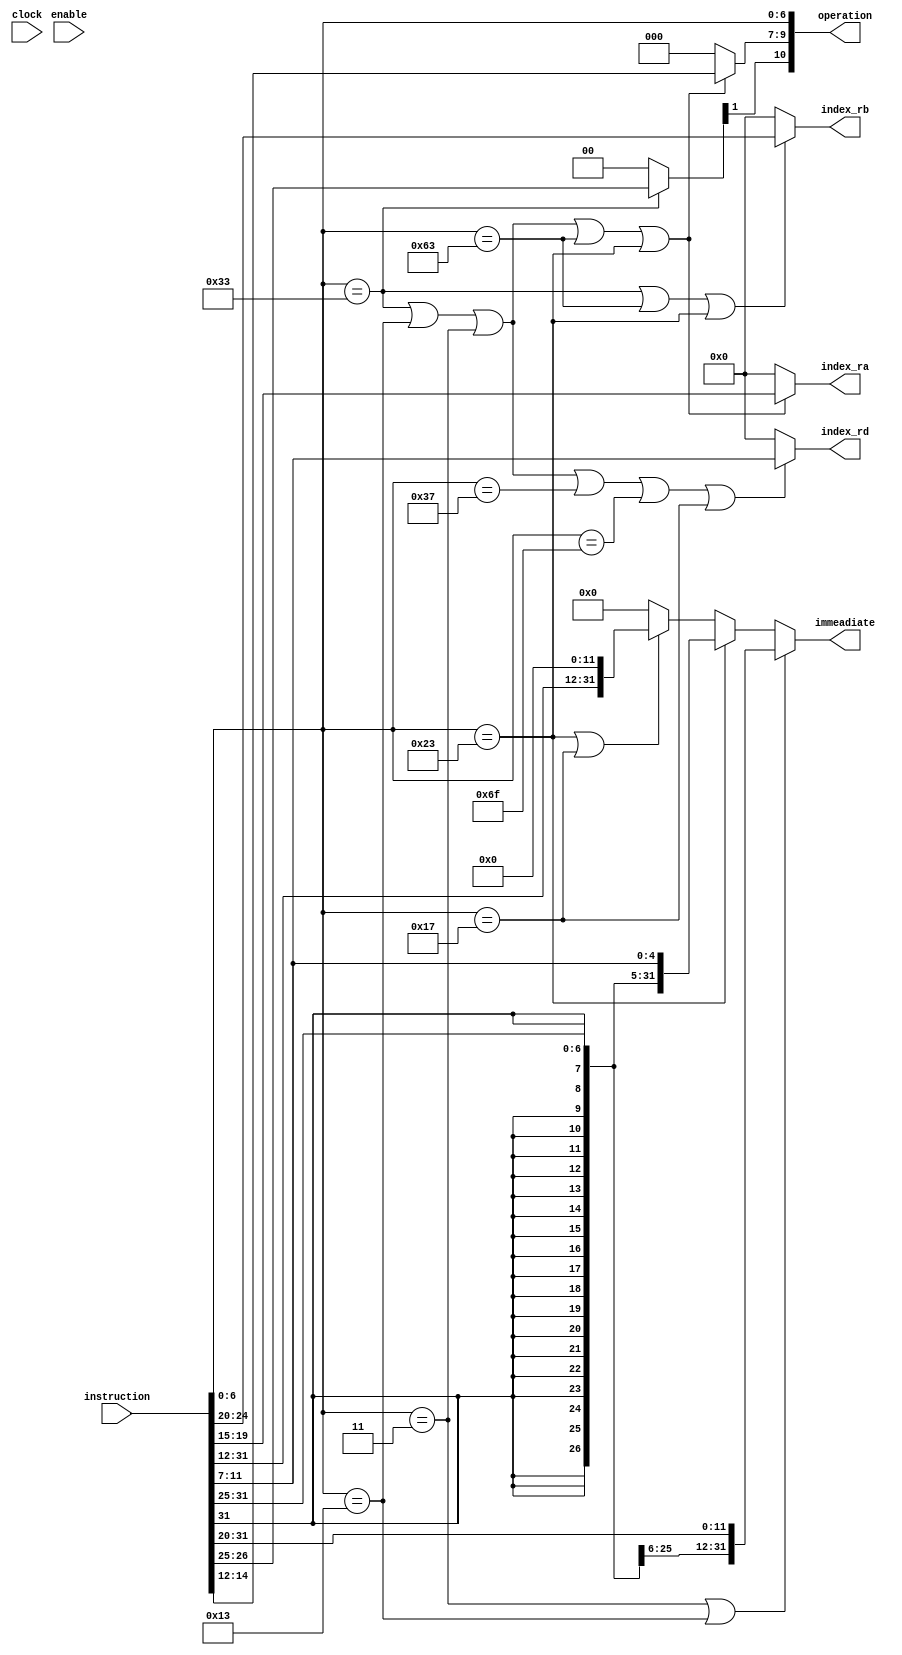
module decoder(
    input  [31:0]instruction ,
    input clock,
    input  enable,
    output reg [4:0]index_ra, 
    output reg [4:0]index_rb, 
    output reg [10:0]operation,
    output reg [4:0]index_rd,
    output reg [31:0]immeadiate
    );

    reg [2:0] funct3;
    reg [6:0] funct7;

    always @(*)begin

        // indetifying the index for ra if apropriate
        if(
            (instruction[6:0] == 7'b0110011) || 
            (instruction[6:0] == 7'b0010011) ||
            (instruction[6:0] == 7'b0000011) ||
            (instruction[6:0] == 7'b1100011) ||
            (instruction[6:0] == 7'b0100011) 
        )begin
            index_ra = instruction[19:15];
        end
        else begin
            index_ra = 5'b0;
        end

            // indetifying the index for rb if apropriate
        if(
            (instruction[6:0] == 7'b0110011) || 
            (instruction[6:0] == 7'b1100011) ||
            (instruction[6:0] == 7'b0100011) 
        )begin
            index_rb = instruction[24:20];
        end
        else begin
            index_rb = 5'b0;
        end

            // indetifying the index for rd if apropriate
        if(
            (instruction[6:0] == 7'b0110011) || 
            (instruction[6:0] == 7'b0010011) ||
            (instruction[6:0] == 7'b0000011) ||
            (instruction[6:0] == 7'b0110111) ||
            (instruction[6:0] == 7'b1101111) ||
            (instruction[6:0] == 7'b0010111)
        )begin
            index_rd = instruction[11:7];
        end
        else begin
            index_rd = 5'b0;
        end

            // indetifying the funct3 if apropriate
        if(
            (instruction[6:0] == 7'b0110011) || 
            (instruction[6:0] == 7'b0010011) ||
            (instruction[6:0] == 7'b0000011) ||
            (instruction[6:0] == 7'b1100011) ||
            (instruction[6:0] == 7'b0100011) 
        )begin
            funct3 = instruction[14:12];
        end
        else begin
            funct3 = 3'b0;
        end

            // indetifying the funct7 if apropriate
        if(
            instruction[6:0] == 7'b0110011 
        )begin
            funct7 = instruction[31:25];
        end
        else begin
            funct7 = 3'b0;
        end
            
            // indetifying the immeadiate if apropriate

            // imediate for I instruction

        if(
            (instruction[6:0] == 7'b0000011) || 
            (instruction[6:0] == 7'b0010011) 
        )begin
            immeadiate = {{21{instruction[31]}},instruction[30:20]};
        end

            // imediate for S instruction

        else if(
            instruction[6:0] == 7'b0100011
        )begin
            immeadiate = {{21{instruction[31]}}, instruction[30:25],instruction[11:7]};
        end

            // imediate for B instruction

        else if(
            instruction[6:0] == 7'b0100011
        )begin
            immeadiate = {{20{instruction[31]}}, instruction[7] , instruction[30:25],instruction[11:8], 1'b0};
        end

            // imediate for U instruction

        else if(
            (instruction[6:0] == 7'b0100011) || 
            (instruction[6:0] == 7'b0010111)
        )begin
            immeadiate = {instruction[31],instruction[30:20] , instruction[19:12] , 12'b0};
        end

            // imediate for J instruction

        else if(
            instruction[6:0] == 7'b0100011
        )begin
            immeadiate = {{12{instruction[31]}} , instruction[19:12] , instruction[20] , instruction[30:21] , 1'b0};
        end
        else begin
            immeadiate = 32'b0;
        end

        // concatenating operation from funct3 funct 7 and opcode

        operation = {funct7[1] , funct3 , instruction[6:0]};

    end

endmodule

/*

module decoder_tb;

    // Signals
    reg [31:0] instruction;
    reg enable;
    wire [4:0] index_ra;
    wire [4:0] index_rb;
    wire [10:0] operation;
    wire [4:0] index_rd;
    wire [31:0] immeadiate;

    // Instantiate the decoder module
    decoder dut (
        .instruction(instruction),
        .clock(1'b0), // Placeholder for clock, not used
        .enable(enable),
        .index_ra(index_ra),
        .index_rb(index_rb),
        .operation(operation),
        .index_rd(index_rd),
        .immeadiate(immeadiate)
    );

    // Test stimulus
    initial begin
        enable = 1;
        instruction = 32'b0;

        // Finish simulation after a few time units
        #1000;
        $finish;
    end

    // Monitor
    initial begin
        $monitor(" time = %t index_ra=%h, index_rb=%h, operation=%h, index_rd=%h, immeadiate=%h instruction = %h",$time , index_ra, index_rb, operation, index_rd, immeadiate,instruction);
    end

endmodule

*/